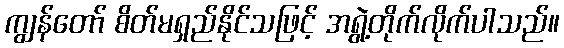
ကျွန်တော် စိတ်မရှည်နိုင်သဖြင့် အရွဲ့တိုက်လိုက်ပါသည်။